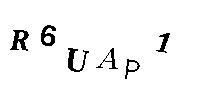
R6UAP1